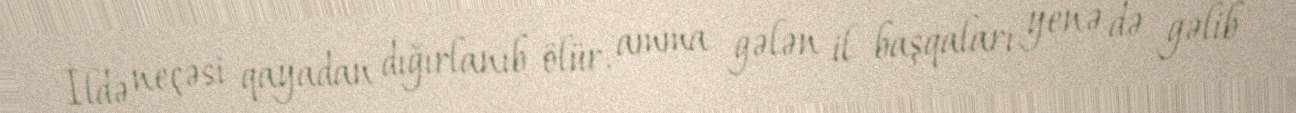
İldə neçəsi qayadan dığırlanıb ölür, amma gələn il başqaları yenə də gəlib